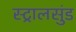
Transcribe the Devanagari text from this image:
स्ट्रालसुंड